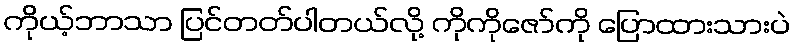
ကိုယ့်ဘာသာ ပြင်တတ်ပါတယ်လို့ ကိုကိုဇော်ကို ပြောထားသားပဲ